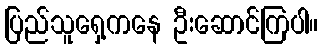
ပြည်သူရှေ့ကနေ ဦးဆောင်ကြပါ။